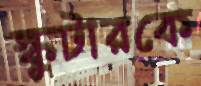
স্কুটারকে